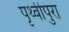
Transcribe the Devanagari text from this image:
पृथ्वीपुरा